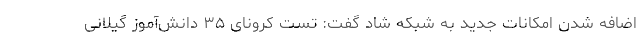
اضافه شدن امکانات جدید به شبکه شاد گفت: تست کرونای ۳۵ دانش‌آموز گیلانی